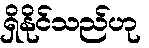
ရှိနိုင်သည်ဟု